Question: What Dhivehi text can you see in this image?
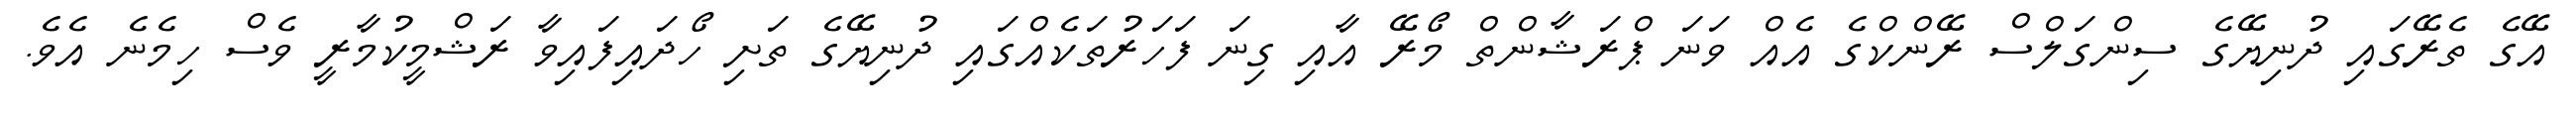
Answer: އޭގެ ތެރޭގައި ދުނިޔޭގެ ސިންގަލްސް ރޭންކްގެ އެއް ވަނަ ޕްރަޝާންތް މޯރޭ އާއި ގިނަ ފަހަރުތަކެއްގައި ދުނިޔޭގެ ތަށި ހޯދައިފައިވާ ރަޝްމީކުމާރީ ވެސް ހިމެނެ އެވެ.